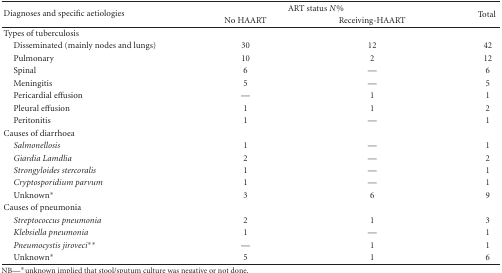
<table><thead><tr><td rowspan="2"><b>Diagnoses and specific aetiologies</b></td><td colspan="2"><b>ART status <i>N</i>%</b></td><td><b>Total </b></td></tr><tr><td><b>No HAART </b></td><td><b>Receiving-HAART</b></td></tr></thead><tbody><tr><td>Types of tuberculosis</td><td> </td><td> </td><td> </td></tr><tr><td> Disseminated (mainly nodes and lungs) </td><td>30 </td><td>12 </td><td>42 </td></tr><tr><td> Pulmonary </td><td>10 </td><td>2 </td><td>12 </td></tr><tr><td> Spinal </td><td>6 </td><td>—</td><td>6 </td></tr><tr><td> Meningitis </td><td>5 </td><td>—</td><td>5 </td></tr><tr><td> Pericardial effusion </td><td>—</td><td>1 </td><td>1 </td></tr><tr><td> Pleural effusion </td><td>1 </td><td>1 </td><td>2 </td></tr><tr><td> Peritonitis</td><td>1 </td><td>— </td><td>1 </td></tr><tr><td>Causes of diarrhoea</td><td> </td><td> </td><td> </td></tr><tr><td><i> Salmonellosis </i></td><td>1 </td><td>—</td><td>1 </td></tr><tr><td><i> Giardia Lamdlia </i></td><td>2 </td><td>—</td><td>2 </td></tr><tr><td><i> Strongyloides stercoralis </i></td><td>1 </td><td>—</td><td>1 </td></tr><tr><td><i> Cryptosporidium parvum </i></td><td>1 </td><td>—</td><td>1 </td></tr><tr><td> Unknown*</td><td>3 </td><td>6 </td><td>9</td></tr><tr><td>Causes of pneumonia </td><td> </td><td> </td><td> </td></tr><tr><td><i> Streptococcus pneumonia </i></td><td>2 </td><td>1 </td><td>3 </td></tr><tr><td><i> Klebsiella pneumonia </i></td><td>1 </td><td>—</td><td>1 </td></tr><tr><td><i> Pneumocystis jiroveci</i>**</td><td>—</td><td>1 </td><td>1 </td></tr><tr><td> Unknown*</td><td>5 </td><td>1 </td><td>6 </td></tr></tbody></table>